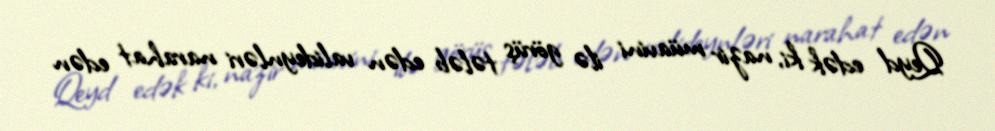
Qeyd edək ki, nazir müavini ilə görüş tələb edən valideynləri narahat edən